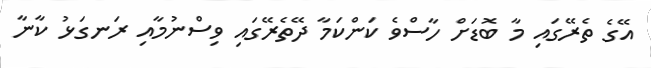
އޭގެ ތެރޭގައި މާ ބޮޑަށް ހާސްވެ ކަންކަމާ ދޭތެރޭގައި ވިސްނުމާއި ރަނގަޅު ކާނާ